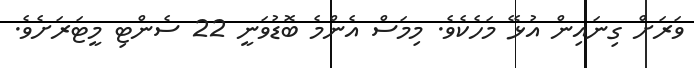
ވަރަށް ގިނައިން އުޅޭ މަހެކެވެ. މިމަސް އެންމެ ބޮޑުވަނީ 22 ސެންޓި މީޓަރަށެވެ.